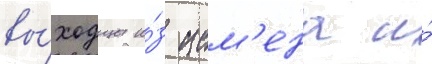
вы́ходцы и́з ием'ена и́